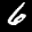
Label: 6